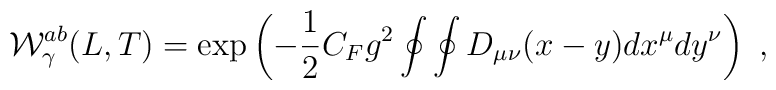
{\cal W}_\gamma^{ab} (L,T) = {\rm exp}\left( - {1\over 2} C_F g^2\oint\oint D_{\mu \nu}(x-y) dx^\mu dy^\nu \right) \  ,